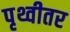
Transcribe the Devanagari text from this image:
पृथ्वीतर